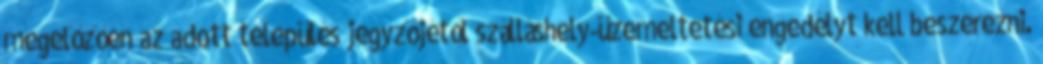
megelőzően az adott település jegyzőjétől szálláshely-üzemeltetési engedélyt kell beszerezni.